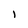
Character: l